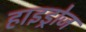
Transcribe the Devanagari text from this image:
हाइड्रोज